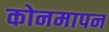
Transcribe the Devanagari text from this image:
कोनमापन